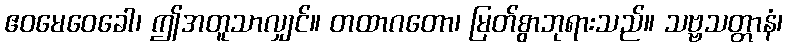
ဧဝမေဝေခေါ၊ ဤအတူသာလျှင်။ တထာဂတော၊ မြတ်စွာဘုရားသည်။ သဗ္ဗသတ္တာနံ၊